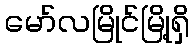
မော်လမြိုင်မြို့ရှိ